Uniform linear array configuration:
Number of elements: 32
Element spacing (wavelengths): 1
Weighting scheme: cosine
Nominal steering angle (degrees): -30
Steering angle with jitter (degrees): -30.821
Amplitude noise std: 0.05
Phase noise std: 0.05

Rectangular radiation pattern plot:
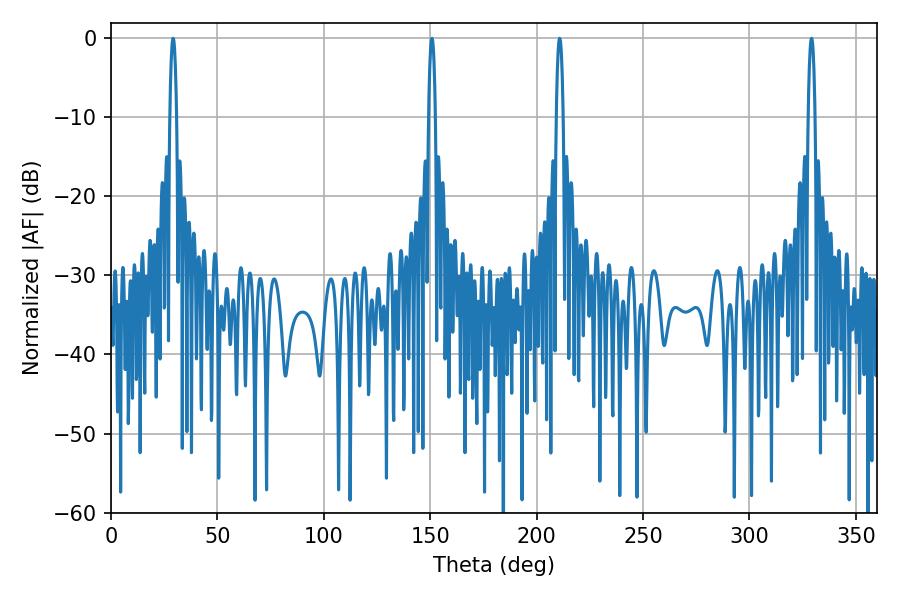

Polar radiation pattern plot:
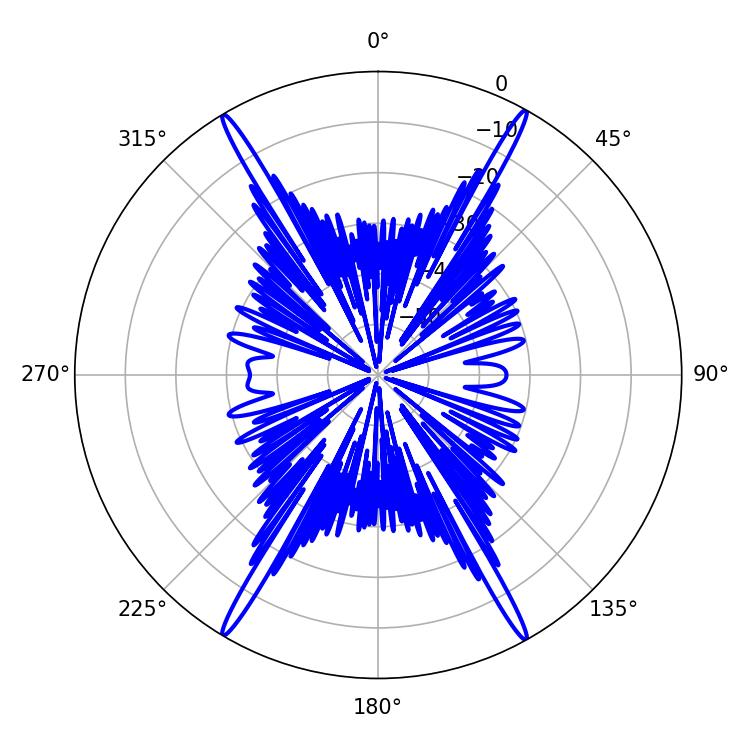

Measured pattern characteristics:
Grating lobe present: TRUE
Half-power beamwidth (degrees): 1.8
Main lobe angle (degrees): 29.16